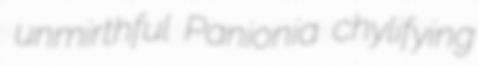
unmirthful Panionia chylifying